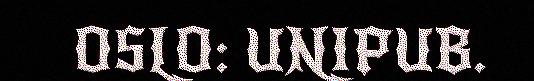
OSLO: UNIPUB.